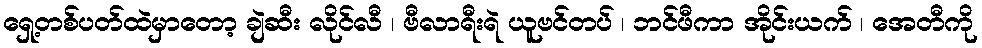
ရှေ့တစ်ပတ်ထဲမှာတော့ ချဲဆီး လိုင်လီ ၊ ဗီလာရီးရဲ ယူဗင်တပ် ၊ ဘင်ဖီကာ အိုင်းယက် ၊ အေတီကို